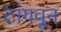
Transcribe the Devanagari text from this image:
टांगवून